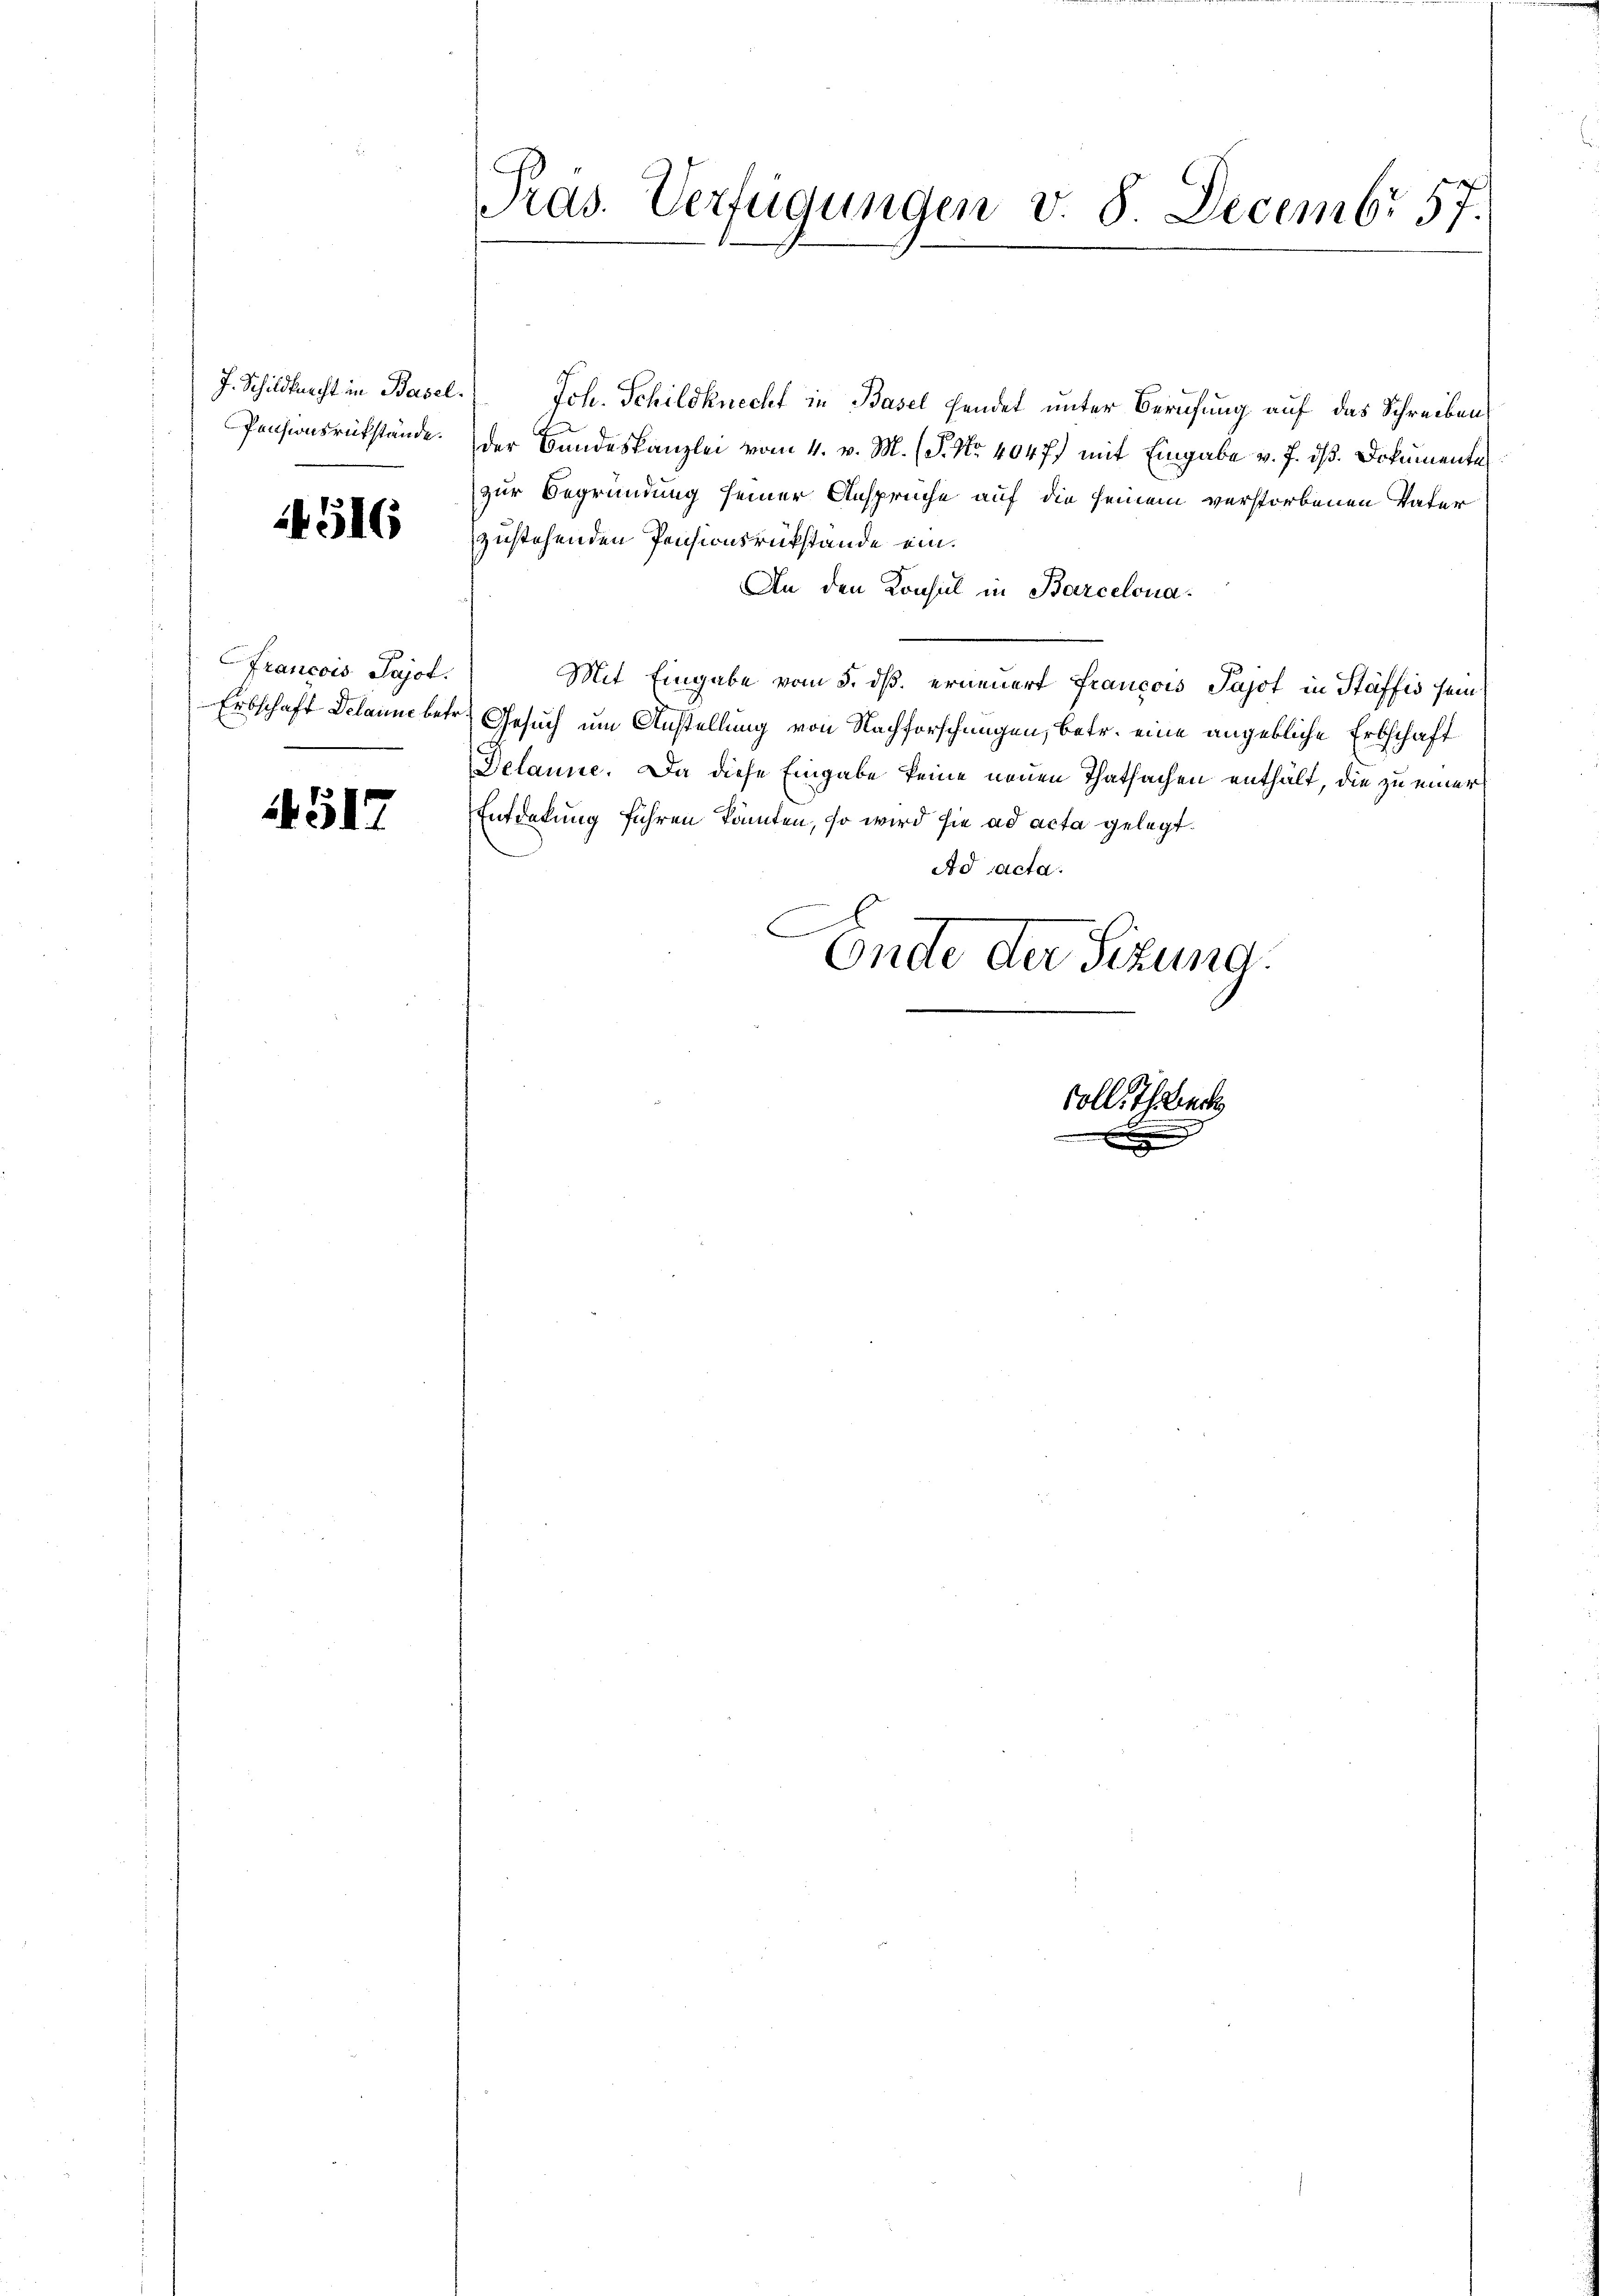
J. Schildknecht in Basel.
Pensionsrükstände.

14516

Francois Pajot.
Erbschaft Delaine betr

4517

Pras. Verfügungen v. 8. Decembr 57.

Jch. Schildknecht in Basel hendet unter Berufung auf das Schreiben
der Bandeskanzlei vom 4. v. M. (S. Nr. 404 f.) mit Eingabe v. J. dß. Dokumente
zur Begründung seiner Ansprüche auf die seinem verstorbenen Vater
zustehenden Pensionsrükstände ein.
An den Konsul in Barcelona¬
Mit Eingabe vom 5. ds. erneuert Francois Pajot in Stäffis sein
Gesuch um Anstellung von Nachforschungen, betr. eine angebliche Erbschaft
Delaune. Da diese Eingabe keine neuen Thatsachen enthalt, die zu einer
Entdekung führen könnten, so wird sie ad acta gelegt.
Ad acta.
E
Ende der Sitzung.

soll There